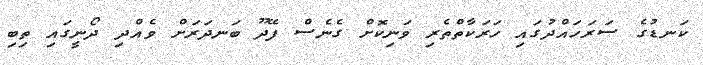
ކަނޑުގެ ސަރަހައްދުގައި ހަރަކާތްތެެރި ވަނިކޮށް ގެނެސް ފޭދޫ ބަނދަރަށް ވެއްދި ދޯނީގައި ތިބި